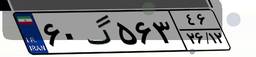
۶۰گ۵۶۳۴۶